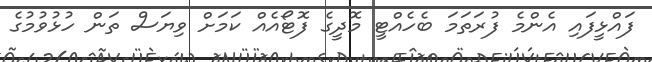
ފައްޅީފައި އެންމެ ފުރަތަމަ ބެހެއްޓީ މޮދީގެ ފޮޓޯއެއް ކަމަށް ވިޔަސް ތަން ހުޅުވުމުގެ